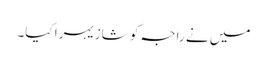
میں نے راجہ کو شازیہرا کیا۔